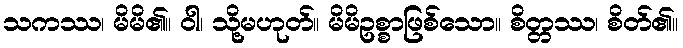
သကဿ၊ မိမိ၏။ ဝါ၊ သို့မဟုတ်။ မိမိဥစ္စာဖြစ်သော။ စိတ္တဿ၊ စိတ်၏။